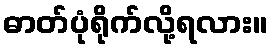
ဓာတ်ပုံရိုက်လို့ရလား။